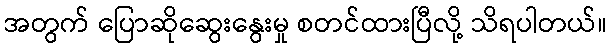
အတွက် ပြောဆိုဆွေးနွေးမှု စတင်ထားပြီလို့ သိရပါတယ်။